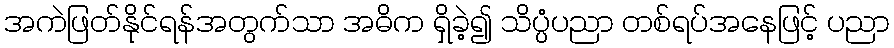
အကဲဖြတ်နိုင်ရန်အတွက်သာ အဓိက ရှိခဲ့၍ သိပ္ပံပညာ တစ်ရပ်အနေဖြင့် ပညာ